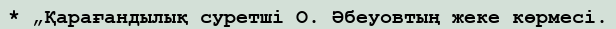
* „Қарағандылық суретші О. Әбеуовтың жеке көрмесі.